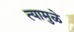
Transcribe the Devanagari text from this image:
त्यामुळे